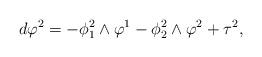
LaTeX: \begin{align*}d\varphi^2=-\phi_1^2\wedge\varphi^1-\phi_2^2\wedge\varphi^2+\tau^2,\end{align*}